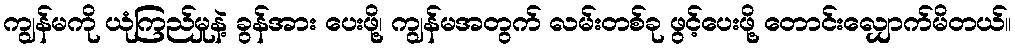
ကျွန်မကို ယုံကြည်မှုနဲ့ ခွန်အား ပေးဖို့၊ ကျွန်မအတွက် လမ်းတစ်ခု ဖွင့်ပေးဖို့ တောင်းလျှောက်မိတယ်။